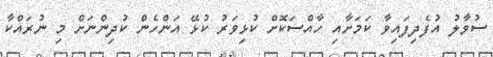
ސުވާލު އުފެދިފައިވާ ކަމަށާއި ހާއްސަކޮށް ކުޅިވަރު ކުޅޭ އަންހެން ކުދިންނަށް މި ނުރައްކާ